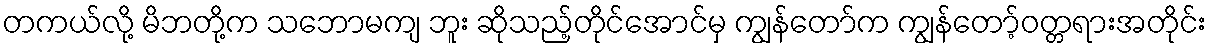
တကယ်လို့ မိဘတို့က သဘောမကျ ဘူး ဆိုသည့်တိုင်အောင်မှ ကျွန်တော်က ကျွန်တော့်ဝတ္တရားအတိုင်း